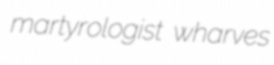
martyrologist wharves